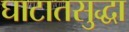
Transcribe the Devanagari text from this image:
घाटातसुद्धा